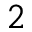
^ 2